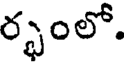
ర్భంలో.